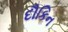
દૌકિન